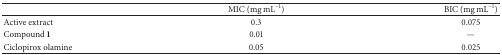
|  | MIC (mg mL−1) | BIC (mg mL−1) |
 | --- | --- | --- |
 | Active extract | 0.3 | 0.075 |
 | Compound 1 | 0.01 | — |
 | Ciclopirox olamine | 0.05 | 0.025 |